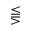
\lesseqqgtr